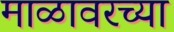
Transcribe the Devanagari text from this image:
माळावरच्या